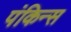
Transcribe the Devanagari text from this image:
पंकिन्स